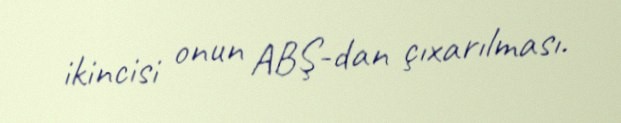
ikincisi onun ABŞ-dan çıxarılması.